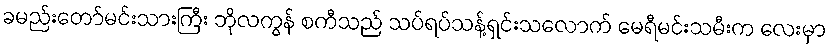
ခမည်းတော်မင်းသားကြီး ဘိုလကွန် စကီသည် သပ်ရပ်သန့်ရှင်းသလောက် မေရီမင်းသမီးက လေးမှာ